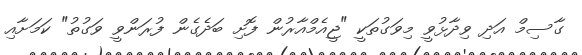
ގާސިމް އަދި ވިދާޅުވީ މިވަގުތަކީ "ޖީއެމްއާރުން ފޮށި ބަދެގެން ފުރަންވީ ވަގުތު" ކަމަށާއި